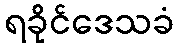
ရခိုင်ဒေသခံ